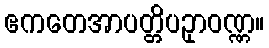
ဧကတေအာပတ္တိပဥှာဝဏ္ဏ။